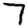
Digit: 7